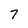
Character: 7